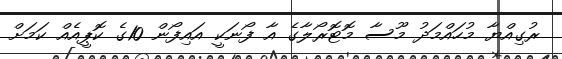
ރުގިއްޔާ މުހައްމަދު މޫސާ މޮޓޮރޯލާގެ އާ ފޯނަކީ އައިފޯން 10ގެ ކޮޕީއެއް ކަމަށް